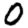
Digit: 0